Report on the working of the Ranchi Indian Mental Hospital, Kanke, in Bihar and Orissa - 1930-1940
Year: 1930
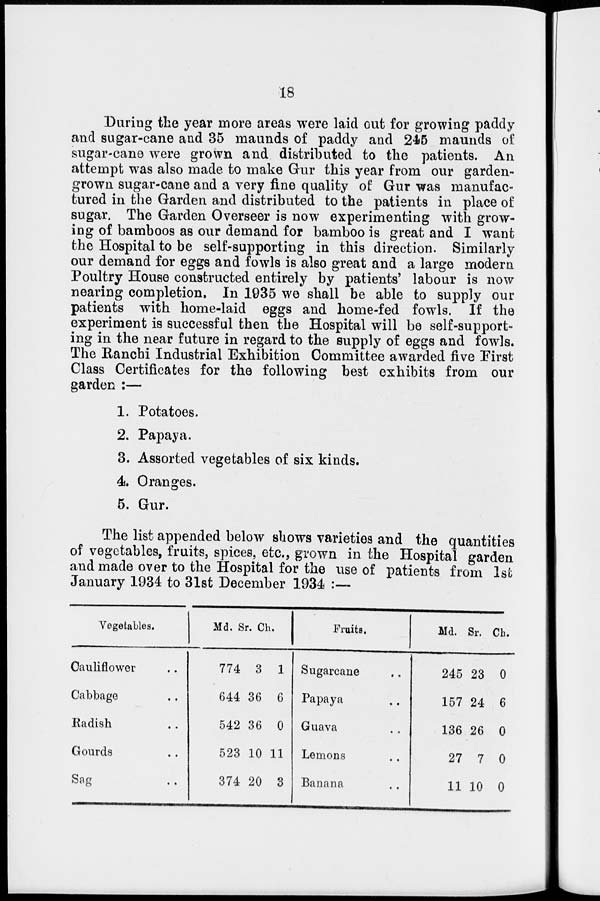
18
During the year more areas were laid out for growing paddy
and sugar-cane and 35 maunds of paddy and 245 maunds of
sugar-cane were grown and distributed to the patients. An
attempt was also made to make Gur this year from our garden-
grown sugar-cane and a very fine quality of Gur was manufac-
tured in the Garden and distributed to the patients in place of
sugar. The Garden Overseer is now experimenting with grow-
ing of bamboos as our demand for bamboo is great and I want
the Hospital to be self-supporting in this direction. Similarly
our demand for eggs and fowls is also great and a large modern
Poultry House constructed entirely by patients' labour is now
nearing completion. In 1935 we shall be able to supply our
patients with home-laid eggs and home-fed fowls. If the
experiment is successful then the Hospital will be self-support-
ing in the near future in regard to the supply of eggs and fowls.
The Ranchi Industrial Exhibition Committee awarded five First
Class Certificates for the following best exhibits from our
garden :—
1. Potatoes.
2. Papaya.
3. Assorted vegetables of six kinds.
4. Oranges.
5. Gur.
The list appended below shows varieties and the quantities
of vegetables, fruits, spices, etc., grown in the Hospital garden
and made over to the Hospital for the use of patients from 1st
January 1934 to 31st December 1934 :—
Vegetables.
Cauliflower ..
Cabbage ..
Radish ..
Gourds ..
Sag ..
Md.
774
644
542
523
374
Sr.
3
36
36
10
20
Ch.
1
6
0
11
3
Fruits.
Sugarcane ..
Papaya ..
Guava ..
Lemons ..
Banana ..
Md.
245
157
136
27
11
Sr.
23
24
26
7
10
Ch.
0
6
0
0
0